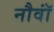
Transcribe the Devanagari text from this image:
नौवॉं